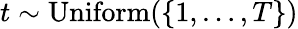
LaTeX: {t\sim\operatorname{Uniform}(\{ 1,\ldots,T\} )}